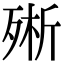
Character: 㱤